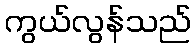
ကွယ်လွန်သည်